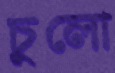
চুলো